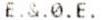
E.&.0.E.